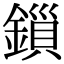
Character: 鎻